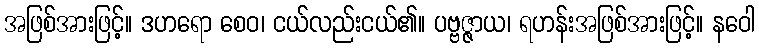
အဖြစ်အားဖြင့်။ ဒဟရော စေဝ၊ ငယ်လည်းငယ်၏။ ပဗ္ဗဇ္ဇာယ၊ ရဟန်းအဖြစ်အားဖြင့်။ နဝေါ